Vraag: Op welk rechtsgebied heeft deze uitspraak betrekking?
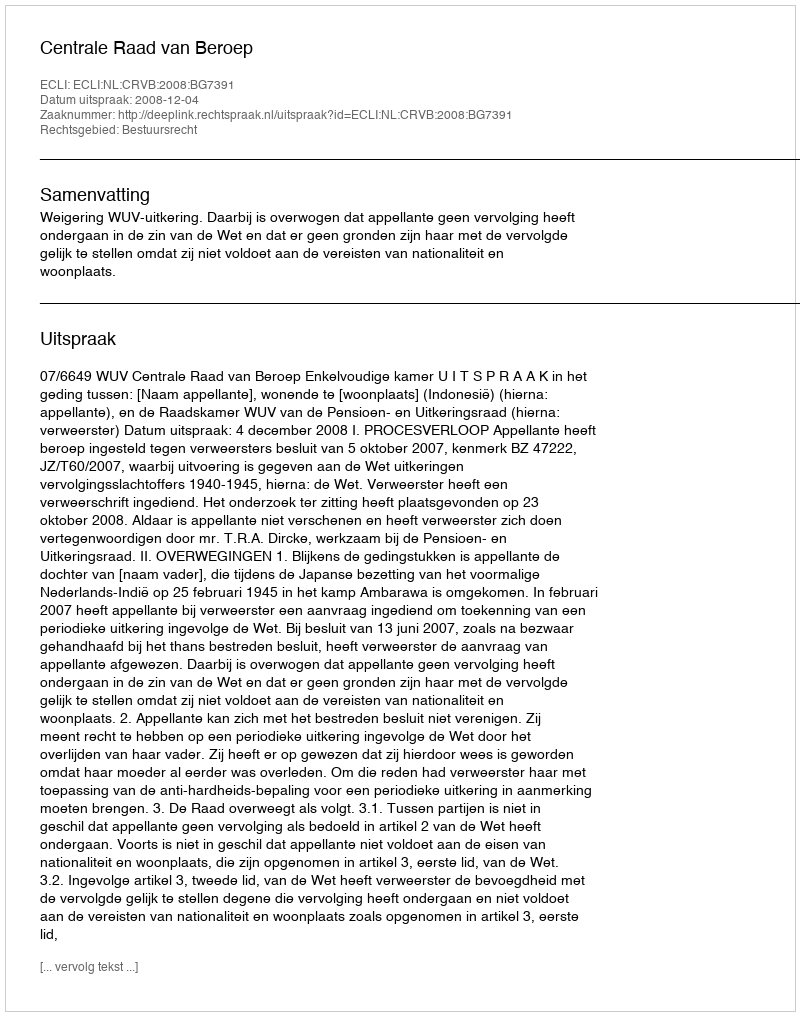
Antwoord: Bestuursrecht